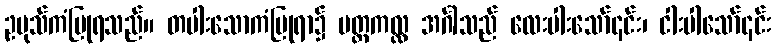
ဥပုသ်ကံပြုရသည်။ တပါးသောကံပြုရာ၌ ပတ္တကလ္လ အင်္ဂါသည် လေးပါးသော်၎င်း၊ ငါးပါသော်၎င်း